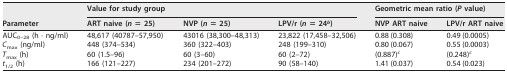
<table><thead><tr><td rowspan="2"><b>Parameter</b></td><td colspan="3"><b>Value for study group</b></td><td colspan="2"><b>Geometric mean ratio (<i>P</i> value)</b></td></tr><tr><td><b>ART naive (<i>n</i> = 25)</b></td><td><b>NVP (<i>n</i> = 25)</b></td><td><b>LPV/r (<i>n</i> = 24<sup><i>b</i></sup>)</b></td><td><b>NVP ART naive</b></td><td><b>LPV/r ART naive</b></td></tr></thead><tbody><tr><td>AUC<sub>0–28</sub> (h · ng/ml)</td><td>48,617 (40787–57,950)</td><td>43016 (38,300–48,313)</td><td>23,822 (17,458–32,506)</td><td>0.88 (0.308)</td><td>0.49 (0.0005)</td></tr><tr><td><i>C</i><sub>max</sub> (ng/ml)</td><td>448 (374–534)</td><td>360 (322–403)</td><td>248 (199–310)</td><td>0.80 (0.067)</td><td>0.55 (0.0003)</td></tr><tr><td><i>T</i><sub>max</sub> (h)</td><td>60 (1.5–96)</td><td>60 (3–60)</td><td>60 (2–72)</td><td>(0.887)<sup><i>c</i></sup></td><td>(0.248)<sup><i>c</i></sup></td></tr><tr><td><i>t</i><sub>1/2</sub> (h)</td><td>166 (121–227)</td><td>234 (201–272)</td><td>90 (58–140)</td><td>1.41 (0.037)</td><td>0.54 (0.023)</td></tr></tbody></table>